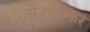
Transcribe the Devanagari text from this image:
सेजवळकर